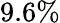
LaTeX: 9.6\%